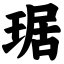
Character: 琚